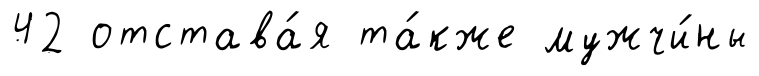
42 отстава́я та́кже мужчи́ны